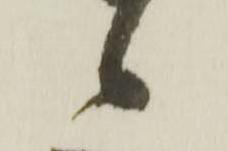
候